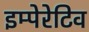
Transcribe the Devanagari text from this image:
इम्पेरेटिव